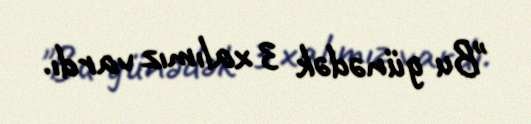
"Bu günədək 3 xalımız vardı.